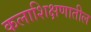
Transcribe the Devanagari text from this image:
कलाशिक्षणातील